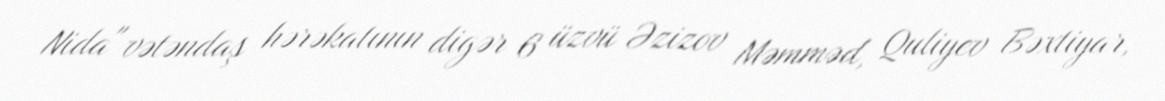
Nida" vətəndaş hərəkatının digər 6 üzvü Əzizov Məmməd, Quliyev Bəxtiyar,